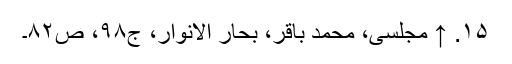
۱۵. ↑ مجلسی، محمد باقر، بحار الانوار، ج‌۹۸، ص‌۸۲۔